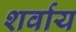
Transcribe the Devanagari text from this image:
शर्वाय